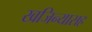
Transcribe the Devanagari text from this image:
खजिन्यासह